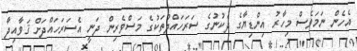
އެހެން ނަމަވެސް މިހާރު އިންޑިޔާގެ ދެކުނުގެ ސަރަހައްދުތަކުގެ މަސްވެރިން ދަނީ އެސަރަހައްދަށް ޤަވާއިދާ